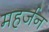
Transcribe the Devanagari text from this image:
महर्जन